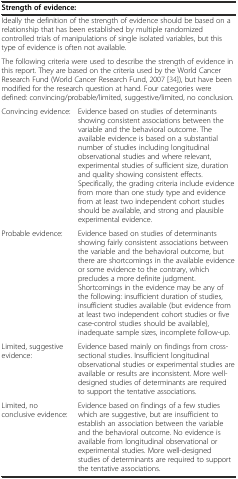
<table><thead><tr><td colspan="2"><b>Strength of evidence:</b></td></tr></thead><tbody><tr><td colspan="2">Ideally the definition of the strength of evidence should be based on a relationship that has been established by multiple randomized controlled trials of manipulations of single isolated variables, but this type of evidence is often not available.</td></tr><tr><td colspan="2">The following criteria were used to describe the strength of evidence in this report. They are based on the criteria used by the World Cancer Research Fund (World Cancer Research Fund, 2007 [34]), but have been modified for the research question at hand. Four categories were defined: convincing/probable/limited, suggestive/limited, no conclusion.</td></tr><tr><td>Convincing evidence:</td><td>Evidence based on studies of determinants showing consistent associations between the variable and the behavioral outcome. The available evidence is based on a substantial number of studies including longitudinal observational studies and where relevant, experimental studies of sufficient size, duration and quality showing consistent effects. Specifically, the grading criteria include evidence from more than one study type and evidence from at least two independent cohort studies should be available, and strong and plausible experimental evidence.</td></tr><tr><td>Probable evidence:</td><td>Evidence based on studies of determinants showing fairly consistent associations between the variable and the behavioral outcome, but there are shortcomings in the available evidence or some evidence to the contrary, which precludes a more definite judgment. Shortcomings in the evidence may be any of the following: insufficient duration of studies, insufficient studies available (but evidence from at least two independent cohort studies or five case-control studies should be available), inadequate sample sizes, incomplete follow-up.</td></tr><tr><td>Limited, suggestive evidence:</td><td>Evidence based mainly on findings from cross-sectional studies. Insufficient longitudinal observational studies or experimental studies are available or results are inconsistent. More well-designed studies of determinants are required to support the tentative associations.</td></tr><tr><td>Limited, no conclusive evidence:</td><td>Evidence based on findings of a few studies which are suggestive, but are insufficient to establish an association between the variable and the behavioral outcome. No evidence is available from longitudinal observational or experimental studies. More well-designed studies of determinants are required to support the tentative associations.</td></tr></tbody></table>